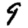
Digit: 9